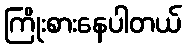
ကြိုးစားနေပါတယ်